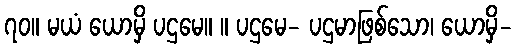
၇၀။ မယံ ယောမှိ ပဌမေ။ ။ ပဌမေ- ပဌမာဖြစ်သော၊ ယောမှိ-